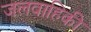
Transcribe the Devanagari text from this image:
जलवाहिकी